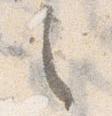
之